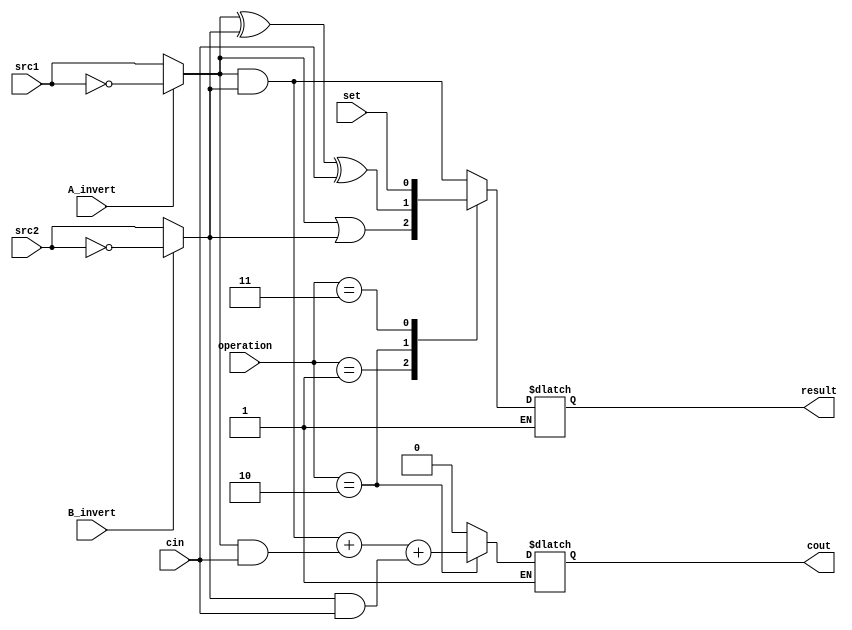
/***************************************************
Student Name: Yan-Tong Lin
Student ID: 0712238
Date: 2020/04/20
***************************************************/

`timescale 1ns / 1ps

module alu_last(
    src1,       //1 bit source 1 (input)
    src2,       //1 bit source 2 (input)
    set,       //1 bit set     (input) signal from alu.v
    A_invert,   //1 bit A_invert (input)
    B_invert,   //1 bit B_invert (input)
    cin,        //1 bit carry in (input)
    operation,  //operation      (input)
    result,     //1 bit result   (output)
    cout       //1 bit carry out(output)
);

input         src1;
input         src2;
input         set;
input         A_invert;
input         B_invert;
input         cin;
input [2-1:0] operation;

output   reg  result;
output   reg   cout;

reg s1, s2;
reg done;

always@( * )begin

done = 0;

if(done == 0)begin
	if(A_invert) s1 = ~src1;	else s1 = src1;
	if(B_invert) s2 = ~src2;	else s2 = src2;
	
	case(operation)
		2'b00:begin//And
			result = s1 & s2;
			cout = 0;
            end
			
		2'b01:begin//Or
			result = s1 | s2;
			cout = 0;
            end
		
		2'b10:begin//Add
			result = s1 ^ s2 ^ cin;
			cout = (s1&s2) + (s1&cin) + (s2&cin); 
			end
		
		2'b11:begin//slt
			result = set;
			cout = 0; //no carry out for slt, this is what is different from top
			end
	endcase
	
	done = 1;
	
	end
else begin
	result = result;
	cout = cout;
end
	
end

endmodule